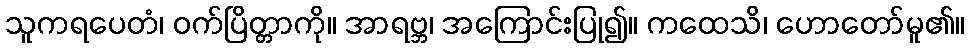
သူကရပေတံ၊ ဝက်ပြိတ္တာကို။ အာရဗ္ဘ၊ အကြောင်းပြု၍။ ကထေသိ၊ ဟောတော်မူ၏။